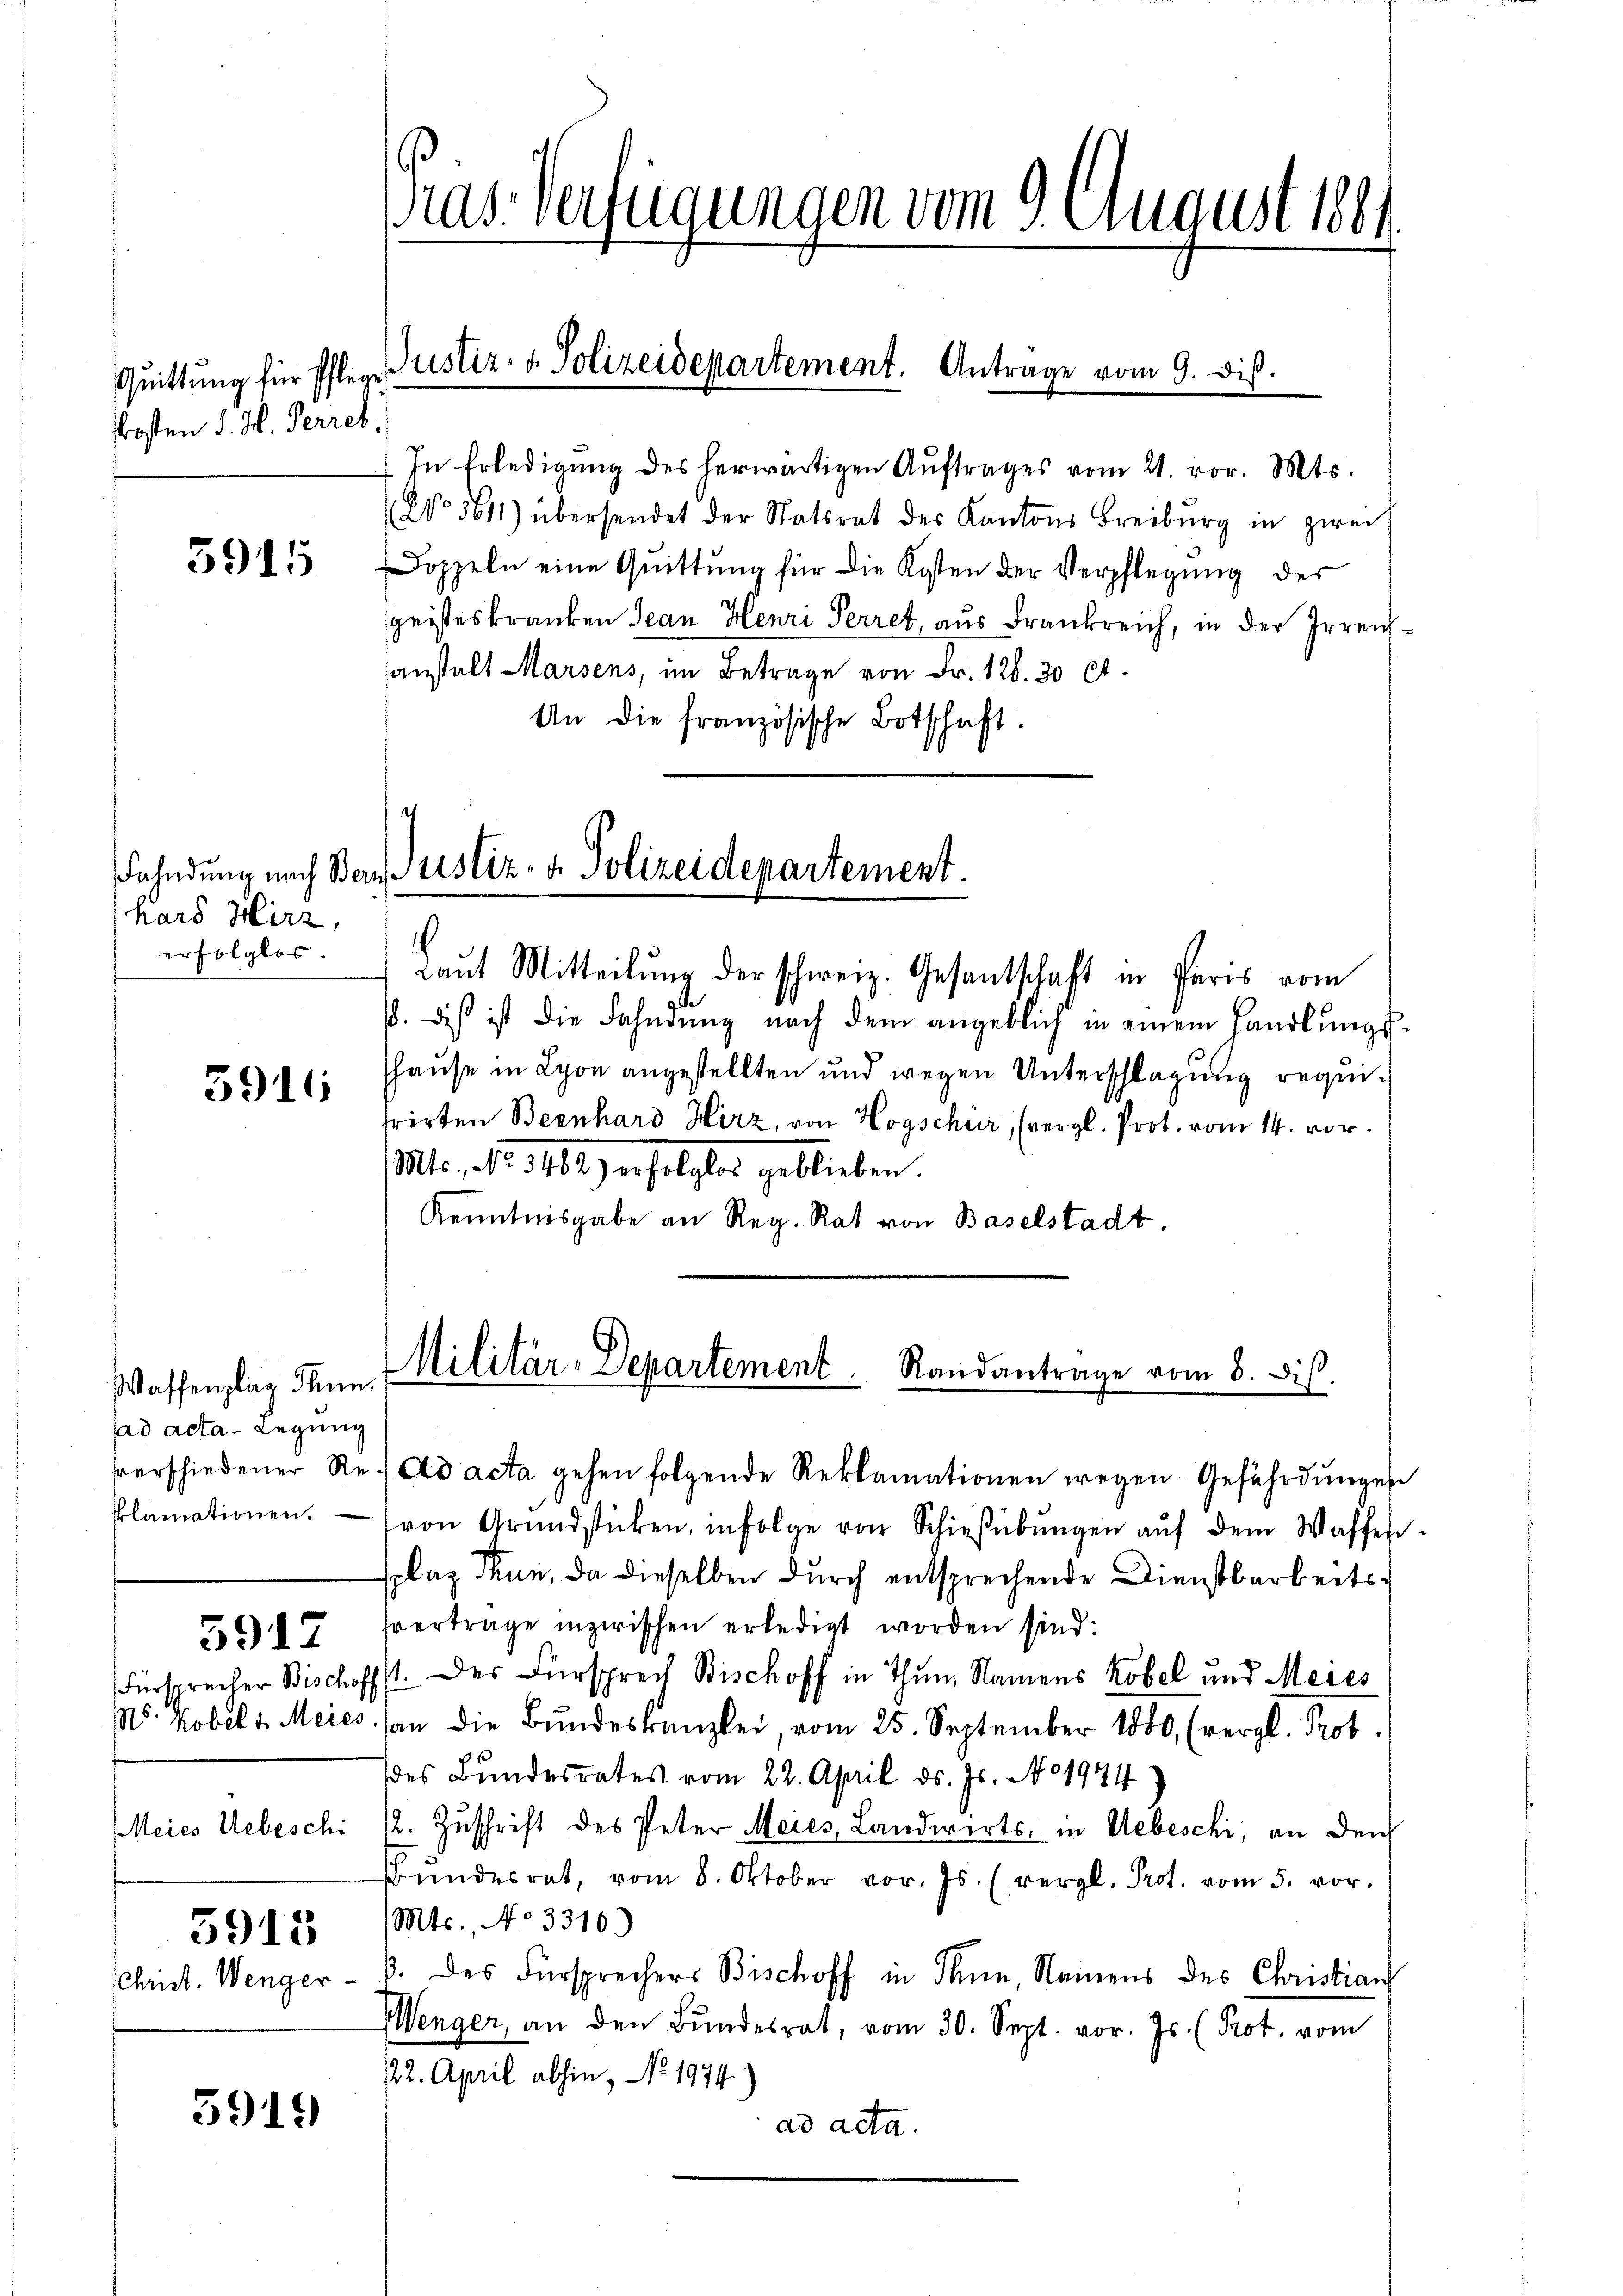
Quittung für Pflege
kosten d. M. Perres.

3915

hars Hirz,
erfolglos.

3916

Waffenplag Thun.
ad acta - Legung

5915

5917

5919

ras Verfügungen vom 9. August 1881.

Justiz- & Polizeidepartement. Antrage vom 9. dis.

In Erledigŭng des herwärtigen Aŭftrages vom 21. vor. Mts.
(No 5611) übersendet der Statsrat des Kantons Freiburg in zwei
Doppeln eine Quittung für die Kosten der Verpflegung der
geisteskranken Jean Henri Perret, aus Frankreich, in der Irreichsanstalt Marsens, im Betrage von Fr. 126. 30 Ct.
An die französische Botschaft.

e
Fahndung nach Berns ustiz- & Polizeidepartement.

Laut Mitteilung der schweiz. Gesantschaft in Paris vom
8. dis ist die Fahndŭng nach dem angeblich in einem Handlŭngs-
hause in Lyon angestellten und wegen Unterschlagung requifrirten Bernhard Herz, von Hogschür, (vergl. Prot. vom 14. vor.
Mts., No. 1482) erfolglos geblieben.
Kenntnisgabe an Reg. Rat von Baselstadt

Militär-Departement. Randantrage vom 8. dis.

verschiedener Re ad acta gehen folgende Reklamationen wegen Gefährdungen
Plamationen. von Grundstücken, infolge von Schießübŭngen aŭf dem Waffen.
plaz Thun, da dieselben durch entsprechende Dienstbarkeitssvertrage inzwischen erledigt worden sind:
Fürsprecher Bischofft. Des Fürsprech Bischoff in Thun, Namens Kobel und Meies
N. Kobel v. Meies an die Bŭndeskanzlei, vom 25. September 1880, (vergl. Prof.
des Bundesrates vom 22. April d. Js. No 1934)
Meies Uebeschi 12. Zuschrift des Peter Meies, Landwirts- in Uebeschi, an den
Bŭndesrat, vom 8. Oktober vor. Js. (vergl. Prot. vom 5. vor.
Mts., No 3316)
Christ. Wenger - 3. des Fürsprechers Bischoff in Thun, Namens des Christian
Wenger, an den Bundesrat, vom 30. Sept. vor. Js. (Prot. vom
/22. April abhin, No. 1974)
ad acta.